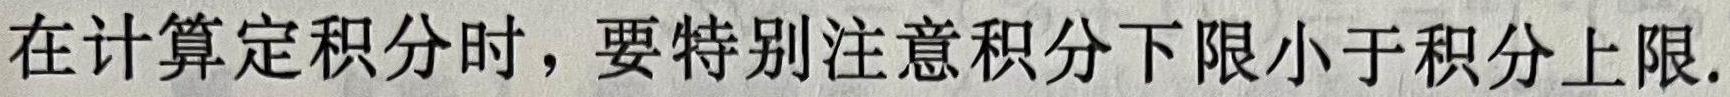
在计算定积分时，要特别注意积分下限小于积分上限.